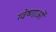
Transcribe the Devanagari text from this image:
ग्वेष्णाओं